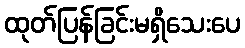
ထုတ်ပြန်ခြင်းမရှိသေးပေ